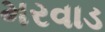
મરવાડ